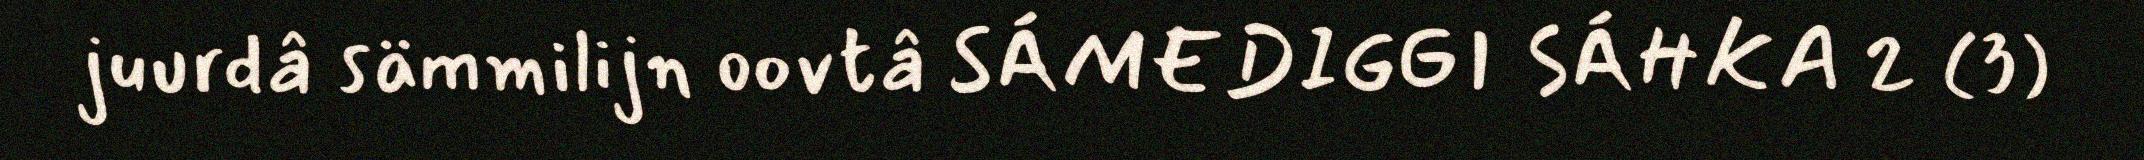
juurdâ sämmilijn oovtâ SÁMEDIGGI SÁHKA 2 (3)